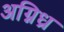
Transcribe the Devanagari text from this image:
अग्निध्र